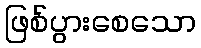
ဖြစ်ပွားစေသော